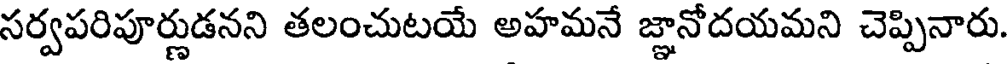
సర్వపరిపూర్ణుడనని తలంచుటయే అహమనే జ్ఞానోదయమని చెప్పినారు.